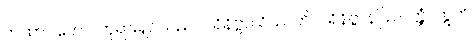
တထာဂတော၊ ဘုရားရှင်သည်။ ပရိနိဗ္ဗာယိဿတိ၊ ပရိနိဗ္ဗာန်ပြုလတ္တံ့။ ဣတိ၊